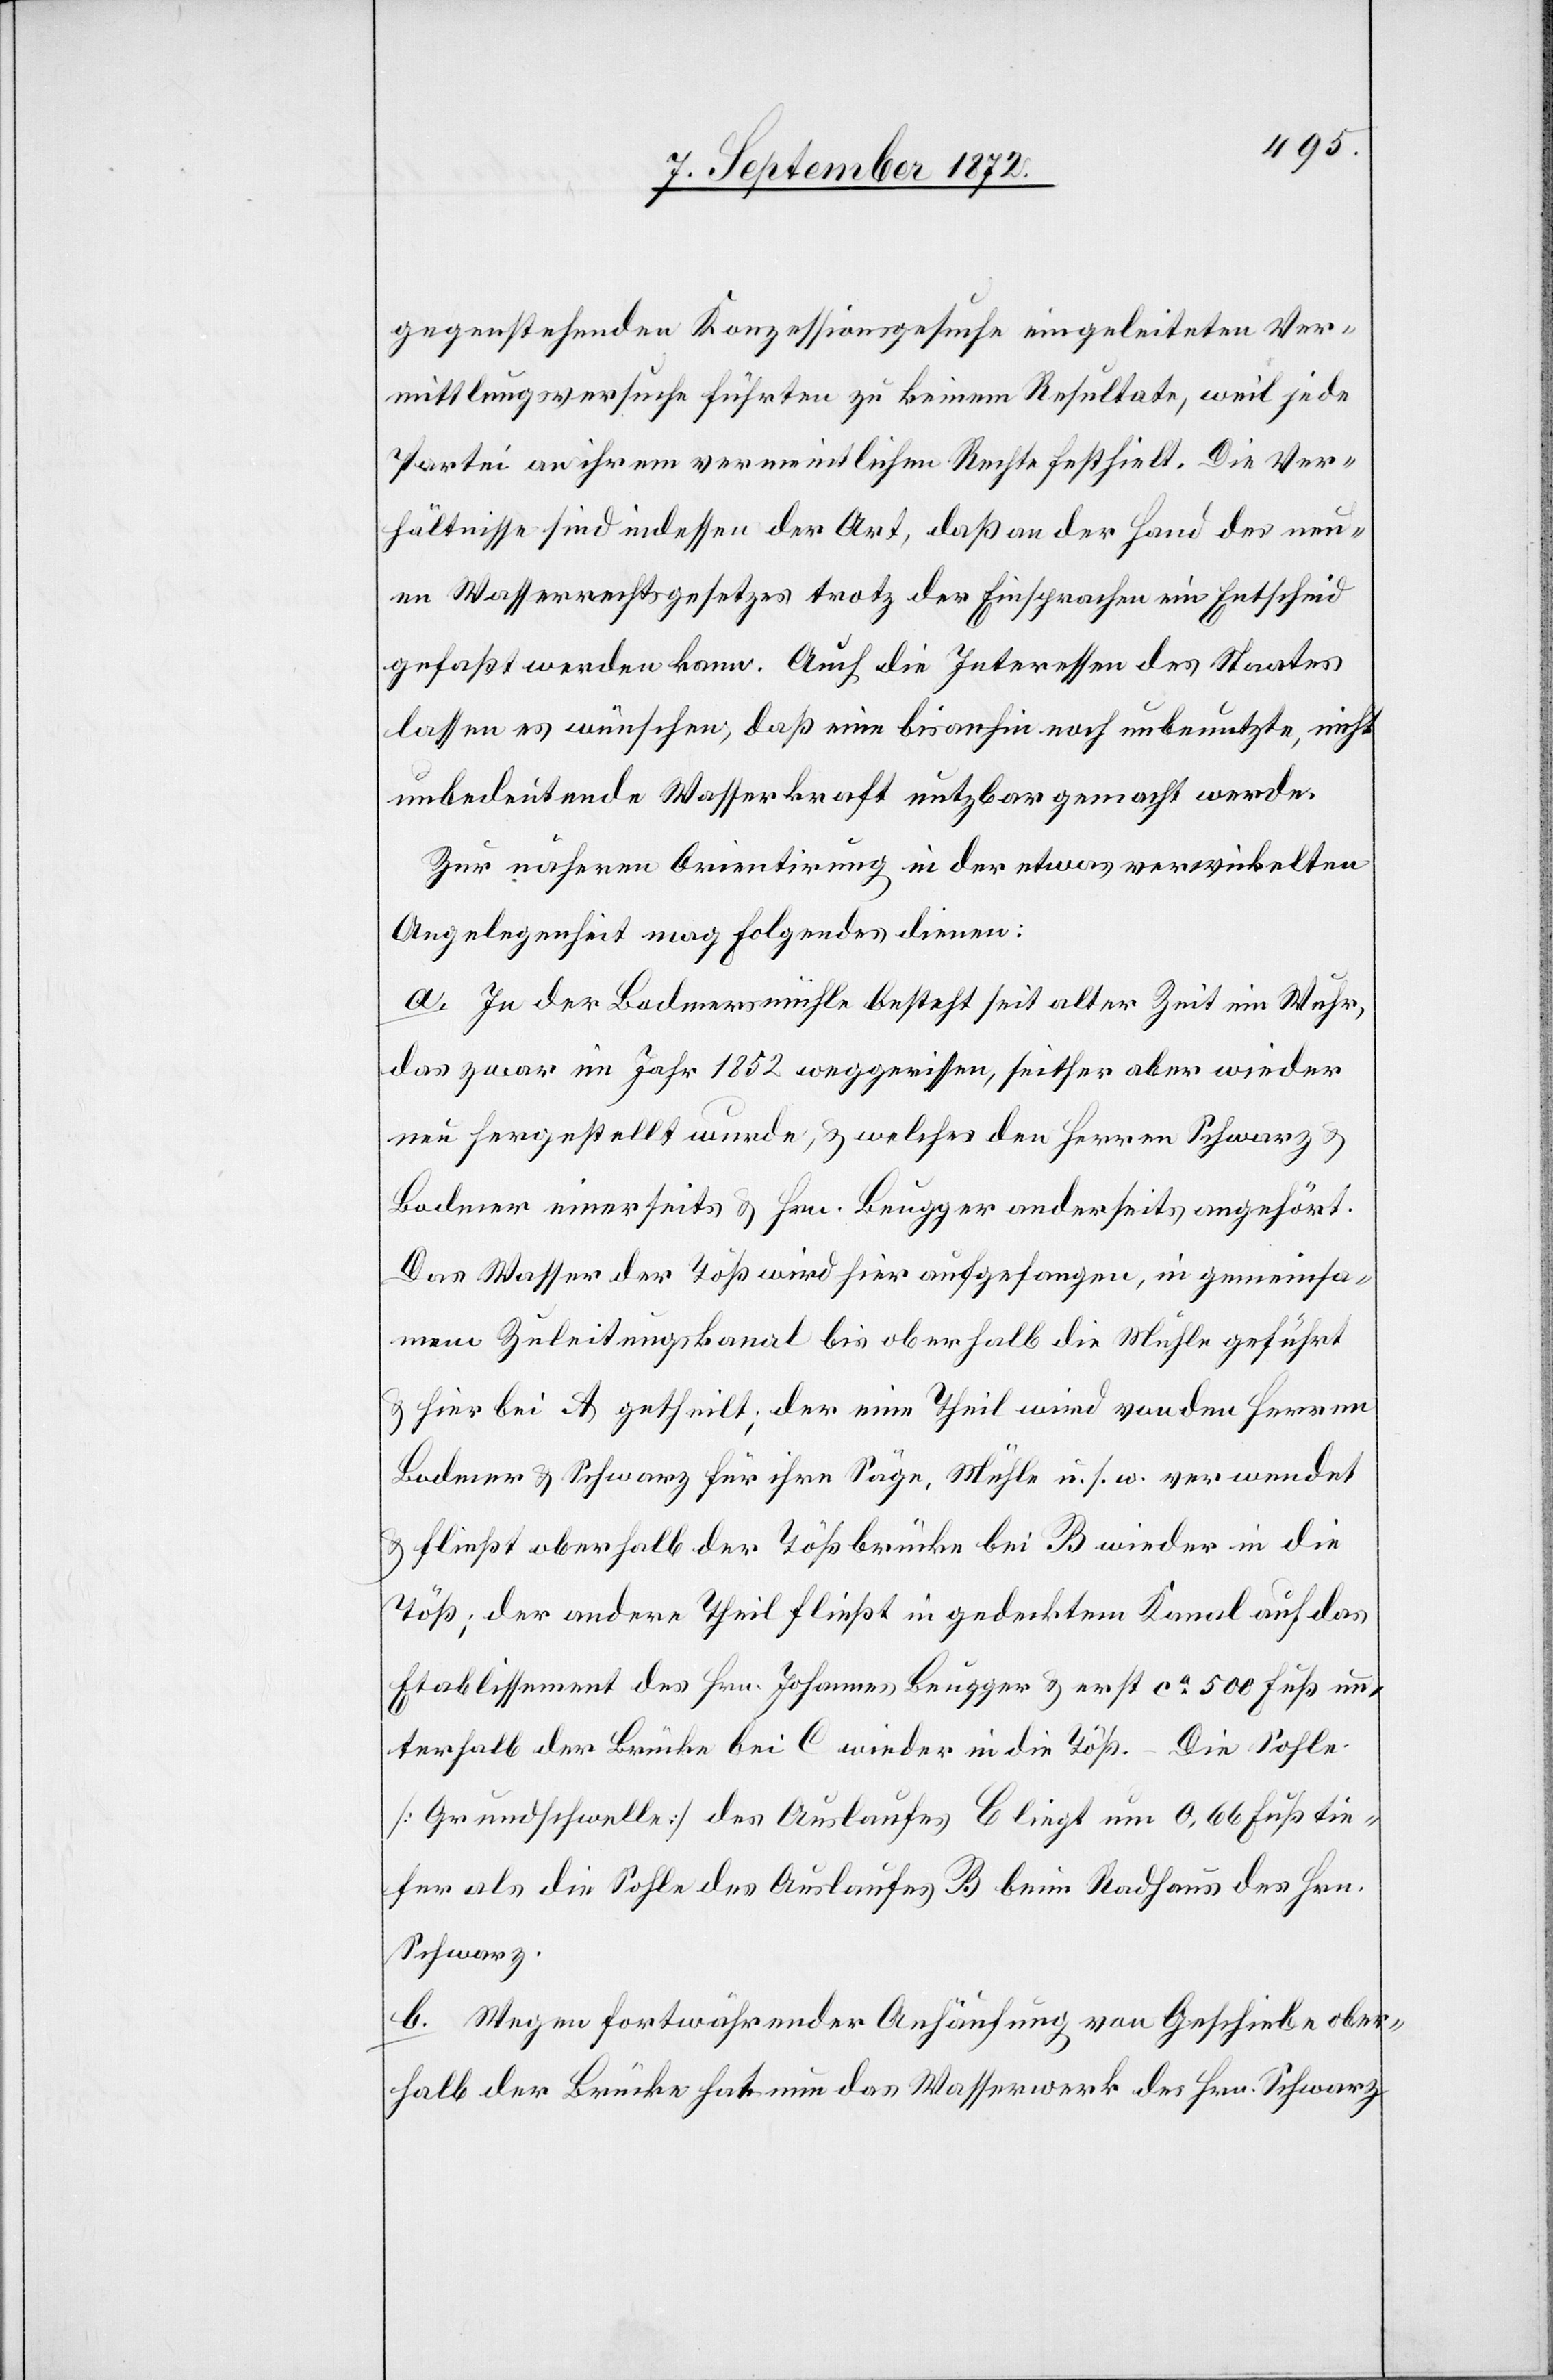
gegenstehenden Konzessionsgesuche eingeleiteten Ver¬
mittlungsversuche führten zu keinem Resultate, weil jede
Partei an ihrem vermeintlichen Rechte festhielt. Die Ver¬
hältnisse sind indessen der Art, daß an der Hand des neu¬
en Wasserrechtsgesetzes trotz der Einsprachen ein Entscheid
gefaßt werden kann. Auch die Interessen des Staates
lassen es wünschen, daß eine bisanhin noch unbenutzte, nicht
unbedeutende Wasserkraft nutzbar gemacht werde.
Zur näheren Orientirung in der etwas verwickelten
Angelegenheit mag folgendes dienen:
a. In der Bodmersmühle besteht seit alter Zeit ein Wuhr,
das zwar im Jahr 1852 weggerissen, seither aber wieder
neu hergestellt wurde, u. welches den Herren Schwarz u.
Bodmer einerseits u. Hrn. Beugger anderseits angehört.
Das Wasser der Töß wird hier aufgefangen, in gemeinsa¬
mem Zuleitungskanal bis oberhalb die Mühle geführt
u. hier bei A getheilt; der eine Theil wird von den Herren
Bodmer u. Schwarz für ihre Säge, Mühle u. s. w. verwendet
u. fließt oberhalb der Tößbrücke bei B wieder in die
Töß; der andere Theil fließt in gedecktem Kanal auf das
Etablissement des Hrn. Johannes Beugger u. erst ca 500 Fuß un¬
terhalb der Brücke bei C wieder in die Töß. – Die Sohle
[Grundschwelle] des Auslaufes b liegt um 0,66 Fuß tie¬
fer als die Sohle des Auslaufes B beim Radhaus des Hrn.
Schwarz.
b. Wegen fortwährender Anhäufung von Geschiebe ober¬
halb der Brücke hat nun das Wasserwerk des Hrn. Schwarz